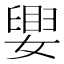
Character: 𫱴